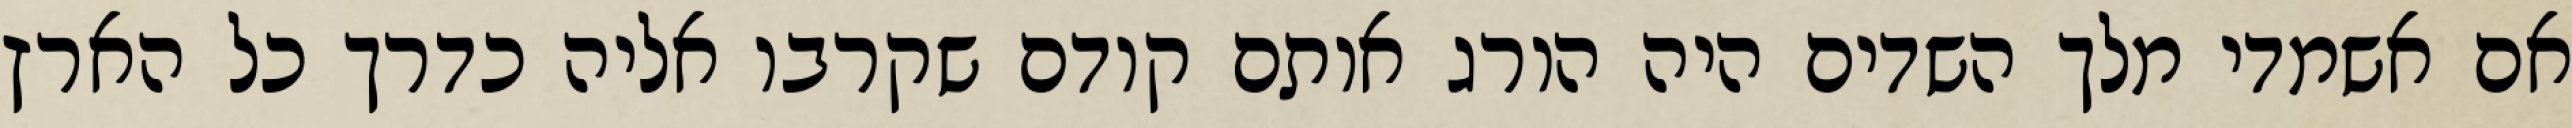
אם אשמדי‏ מלך השדים היה הורג אותם קודם שקרבו אליה כדרך כל הארץ